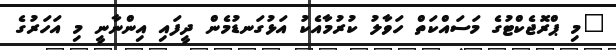
"މި ޕްރޮޖެކްޓުގެ މަސައްކަތް ހަވާލު ކުރުމާއެކު އަޅުގަނޑުމެން ދީފައި އިންނާނީ މި އަހަރުގެ